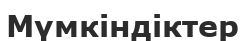
Мүмкіндіктер